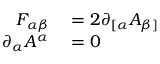
\begin{array} { r l } { F _ { \alpha \beta } } & { { } = 2 \partial _ { [ \alpha } A _ { \beta ] } } \\ { \partial _ { \alpha } A ^ { \alpha } } & { { } = 0 } \end{array}